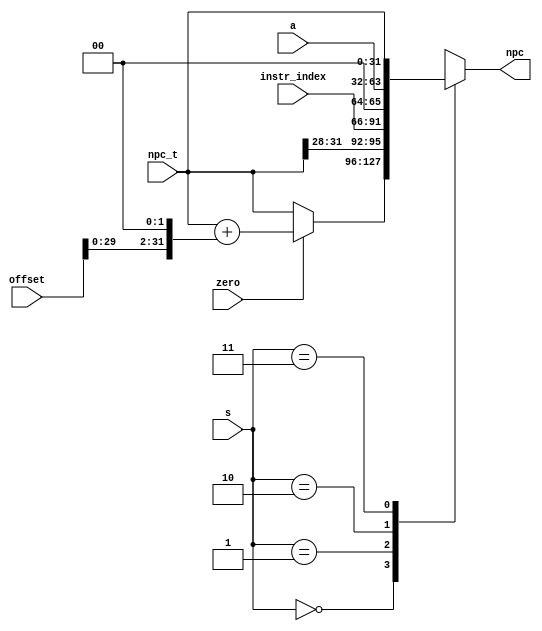
module npc(npc,npc_t,instr_index,offset,a,zero,s);

output reg [31:0] npc;

input [31:0] npc_t;  //npc_t = pc+4
input [25:0] instr_index;
input [31:0] offset;  //16
input [31:0] a;  //alua
input [1:0] s;  //ctrl
input zero;   //aluzero

always @(*)
begin
	case(s)
		2'b00:
		begin
			if(zero == 1)
				npc = npc_t + (offset <<2 );
				else
				npc = npc_t;
		end
		2'b01:npc = {npc_t[31:28], instr_index[25:0], 2'b00};
		2'b10:npc = a;
		2'b11:npc = npc_t;
	endcase
end
endmodule